Punjab Mental Hospital Lahore 1932-46 - 1932-1946
Year: 1932
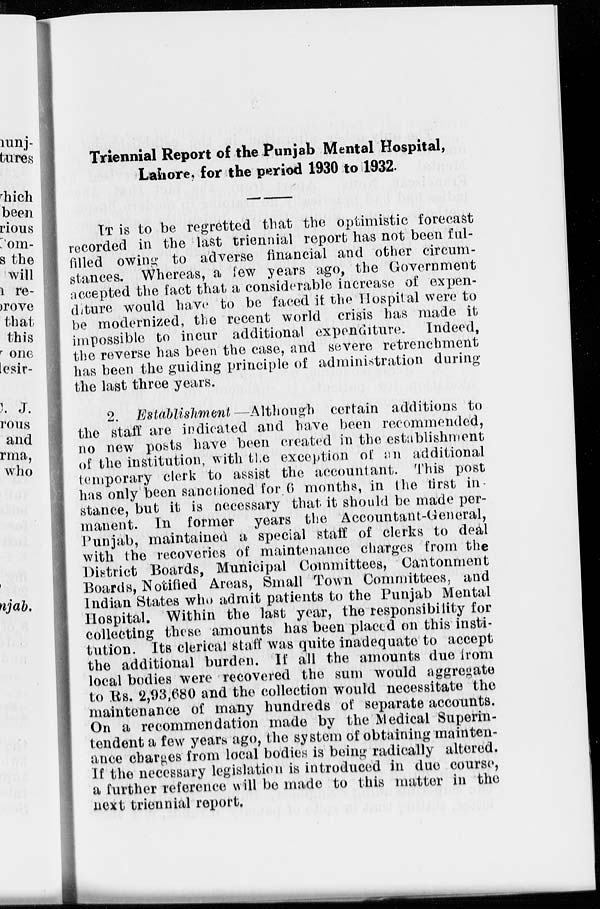
Triennial Report of the Punjab Mental Hospital,
Lahore, for the period 1930 to 1932.
IT is to be regretted that the optimistic forecast
recorded in the last triennial report has not been ful-
filled owing to adverse financial and other circum-
stances. Whereas, a few years ago, the Government
accepted the fact that a considerable increase of expen-
diture would have to be faced if the Hospital were to
be modernized, the recent world crisis has made it
impossible to incur additional expenditure. Indeed,
the reverse has been the case, and severe retrenchment
has been the guiding principle of administration during
the last three years.
2. Establishment—Although certain additions to
the staff are indicated and have been recommended,
no new posts have been created in the establishment
of the institution, with the exception of an additional
temporary clerk to assist the accountant. This post
has only been sanctioned for 6 months, in the first in
stance, but it is necessary that it should be made per-
manent. In former years the Accountant-General,
Punjab, maintained a special staff of clerks to deal
with the recoveries of maintenance charges from the
District Boards, Municipal Committees, Cantonment
Boards, Notified Areas, Small Town Committees, and
Indian States who admit patients to the Punjab Mental
Hospital. Within the last year, the responsibility for
collecting these amounts has been placed on this insti-
tution. Its clerical staff was quite inadequate to accept
the additional burden. If all the amounts due from
local bodies were recovered the sum would aggregate
to Rs. 2,93,680 and the collection would necessitate the
maintenance of many hundreds of separate accounts.
On a recommendation made by the Medical Superin-
tendent a few years ago, the system of obtaining mainten-
ance charges from local bodies is being radically altered.
If the necessary legislation is introduced in due course,
a further reference will be made to this matter in the
next triennial report.